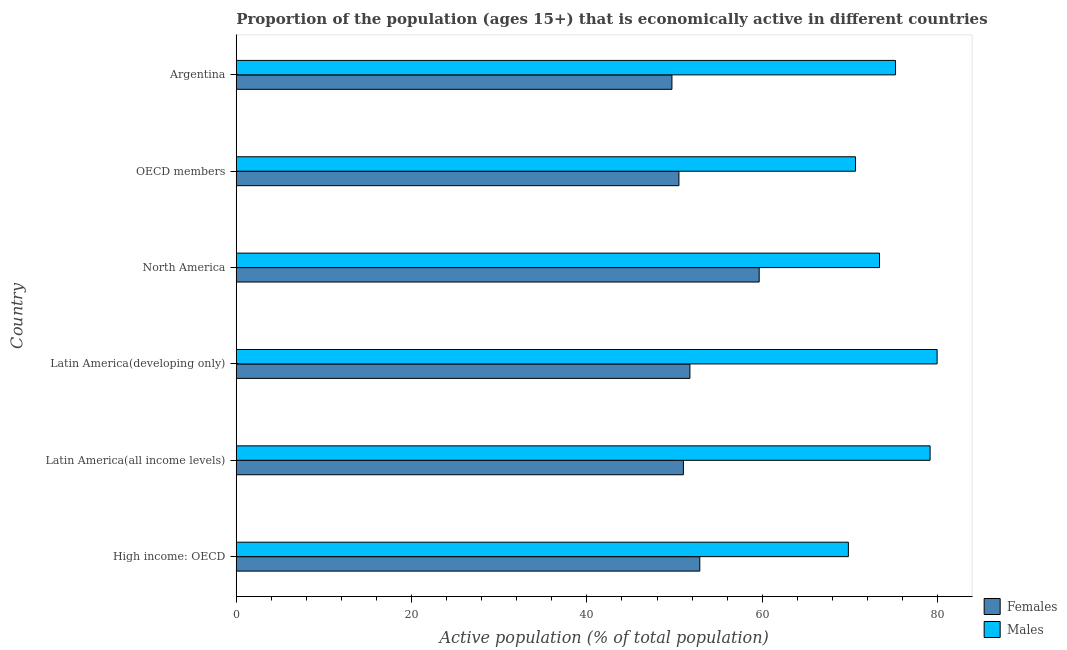
| Country | Females | Males |
 | --- | --- | --- |
 | High income: OECD | 52.9 | 69.8 |
 | Latin America(all income levels) | 51 | 79.1 |
 | Latin America(developing only) | 51.8 | 79.9 |
 | North America | 59.7 | 73.4 |
 | OECD members | 50.5 | 70.6 |
 | Argentina | 49.7 | 75.2 |